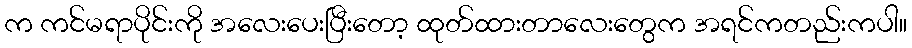
က ကင်မရာပိုင်းကို အလေးပေးပြီးတော့ ထုတ်ထားတာလေးတွေက အရင်ကတည်းကပါ။